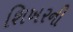
શિખરની